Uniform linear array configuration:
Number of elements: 16
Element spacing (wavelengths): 1
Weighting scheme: uniform
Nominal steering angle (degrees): -30
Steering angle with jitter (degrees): -30.434
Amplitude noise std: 0.05
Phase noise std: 0.05

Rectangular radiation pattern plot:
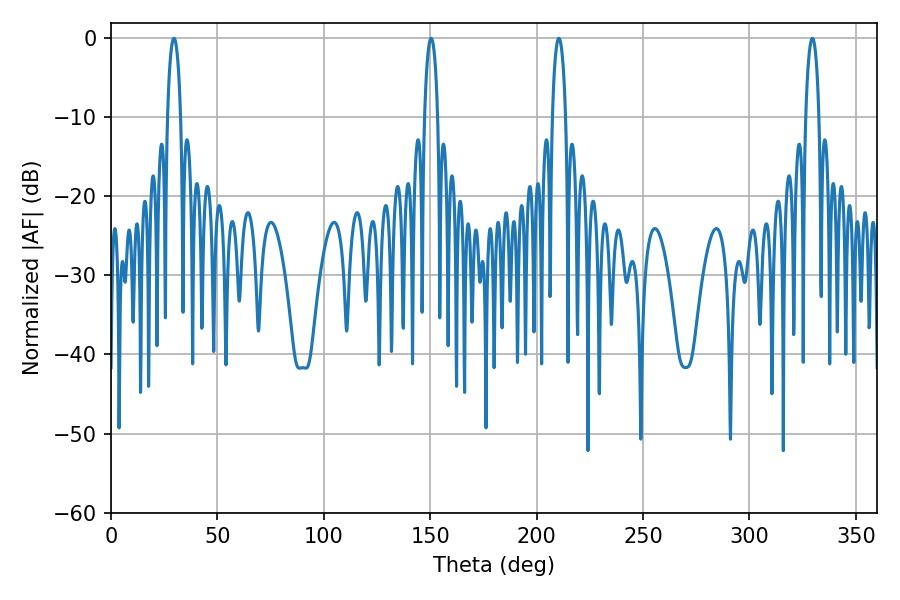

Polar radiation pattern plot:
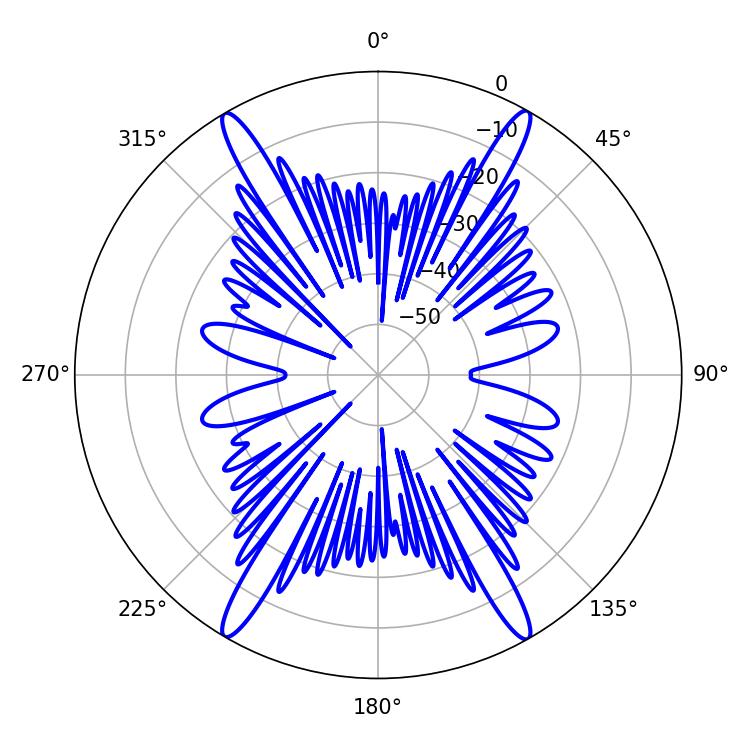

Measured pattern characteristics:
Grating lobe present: TRUE
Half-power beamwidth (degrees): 3.6
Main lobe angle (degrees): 210.42